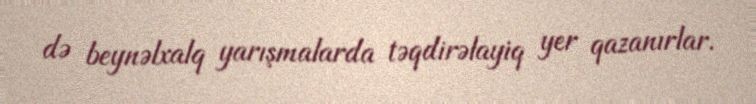
də beynəlxalq yarışmalarda təqdirəlayiq yer qazanırlar.